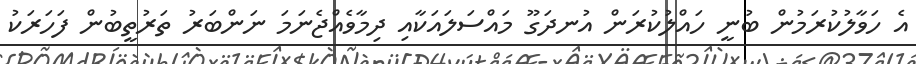
އެ ހަވާލުކުރަމުން ބުނީ ހައްލުކުރަން އުނދަގޫ މައްސަލައަކާއި ދިމާވެއްޖެނަމަ ނަންބަރު ތަރުތީބުން ފަހަރަކު